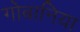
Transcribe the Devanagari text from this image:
गोबानिया